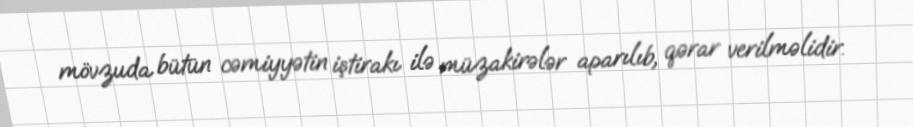
mövzuda bütün cəmiyyətin iştirakı ilə müzakirələr aparılıb, qərar verilməlidir.